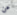
عن